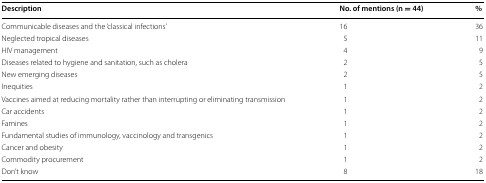
| Description | No. of mentions (n = 44) | % |
 | --- | --- | --- |
 | Communicable diseases and the ‘classical infections’ | 16 | 36 |
 | Neglected tropical diseases | 5 | 11 |
 | HIV management | 4 | 9 |
 | Diseases related to hygiene and sanitation, such as cholera | 2 | 5 |
 | New emerging diseases | 2 | 5 |
 | Inequities | 1 | 2 |
 | Vaccines aimed at reducing mortality rather than interrupting or eliminating transmission | 1 | 2 |
 | Car accidents | 1 | 2 |
 | Famines | 1 | 2 |
 | Fundamental studies of immunology, vaccinology and transgenics | 1 | 2 |
 | Cancer and obesity | 1 | 2 |
 | Commodity procurement | 1 | 2 |
 | Don’t know | 8 | 18 |